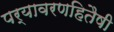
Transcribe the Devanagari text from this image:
पर्यावरणहितैषी